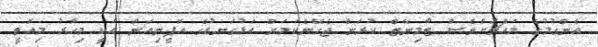
އެންގުމުގެ މައްޗަށްވެސް ޓާމިނޭޓް ކުރަން ޖެހޭނެކަމަށް އަޅުގަނޑުގެ އޮޕީނިއަން އަކީ މިހާރު މިއޮތީ